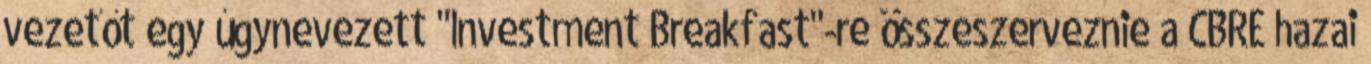
vezetőt egy úgynevezett "Investment Breakfast"-re összeszerveznie a CBRE hazai